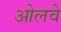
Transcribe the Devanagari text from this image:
ओलवे